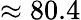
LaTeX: \approx 80.4